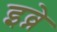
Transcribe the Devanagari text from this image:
इव्ने